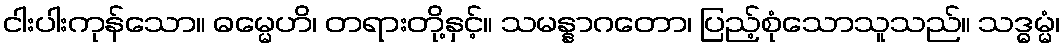
ငါးပါးကုန်သော။ ဓမ္မေဟိ၊ တရားတို့နှင့်။ သမန္နာဂတော၊ ပြည့်စုံသောသူသည်။ သဒ္ဓမ္မံ၊